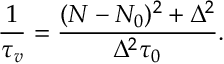
\frac { 1 } { \tau _ { v } } = \frac { ( N - N _ { 0 } ) ^ { 2 } + \Delta ^ { 2 } } { \Delta ^ { 2 } \tau _ { 0 } } .